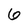
Character: 6